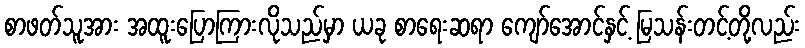
စာဖတ်သူအား အထူးပြောကြားလိုသည်မှာ ယခု စာရေးဆရာ ကျော်အောင်နှင့် မြသန်းတင့်တို့လည်း